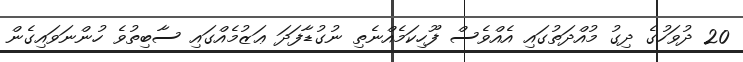
20 ދުވަހުގެ ދިގު މުއްދަތުގައި އެއްވެސް ފޫހިކަމެއްނެތި ނުގުޑާފަދަ ޢަޒުމެއްގައި ސާބިތުވެ ހުންނަވައިގެން